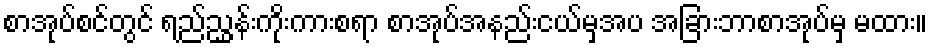
စာအုပ်စင်တွင် ရည်ညွှန်းကိုးကားစရာ စာအုပ်အနည်းငယ်မှအပ အခြားဘာစာအုပ်မှ မထား။